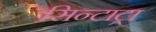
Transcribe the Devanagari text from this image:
सिन्टाट्रा